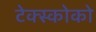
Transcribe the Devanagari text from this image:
टेक्स्कोको